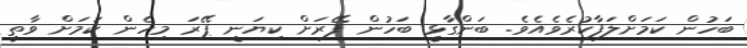
ބަހުން ކަމަށްލަފާކުރެވެއެވެ. ބަންގާޅީ ބަހުން ފޭރަށް ކިޔަނީ ޕޭރަ މިހެން ކަމަށް ވާތީ